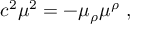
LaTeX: c ^ { 2 } \mu ^ { 2 } = - \mu _ { \rho } \mu ^ { \rho } \ ,